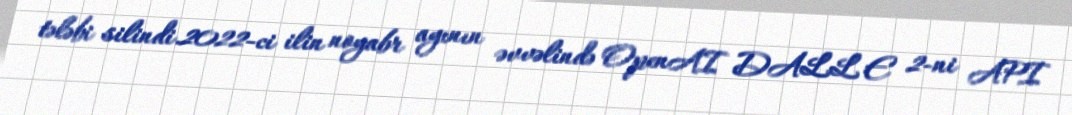
tələbi silindi.2022-ci ilin noyabr ayının əvvəlində OpenAI DALL·E 2-ni API